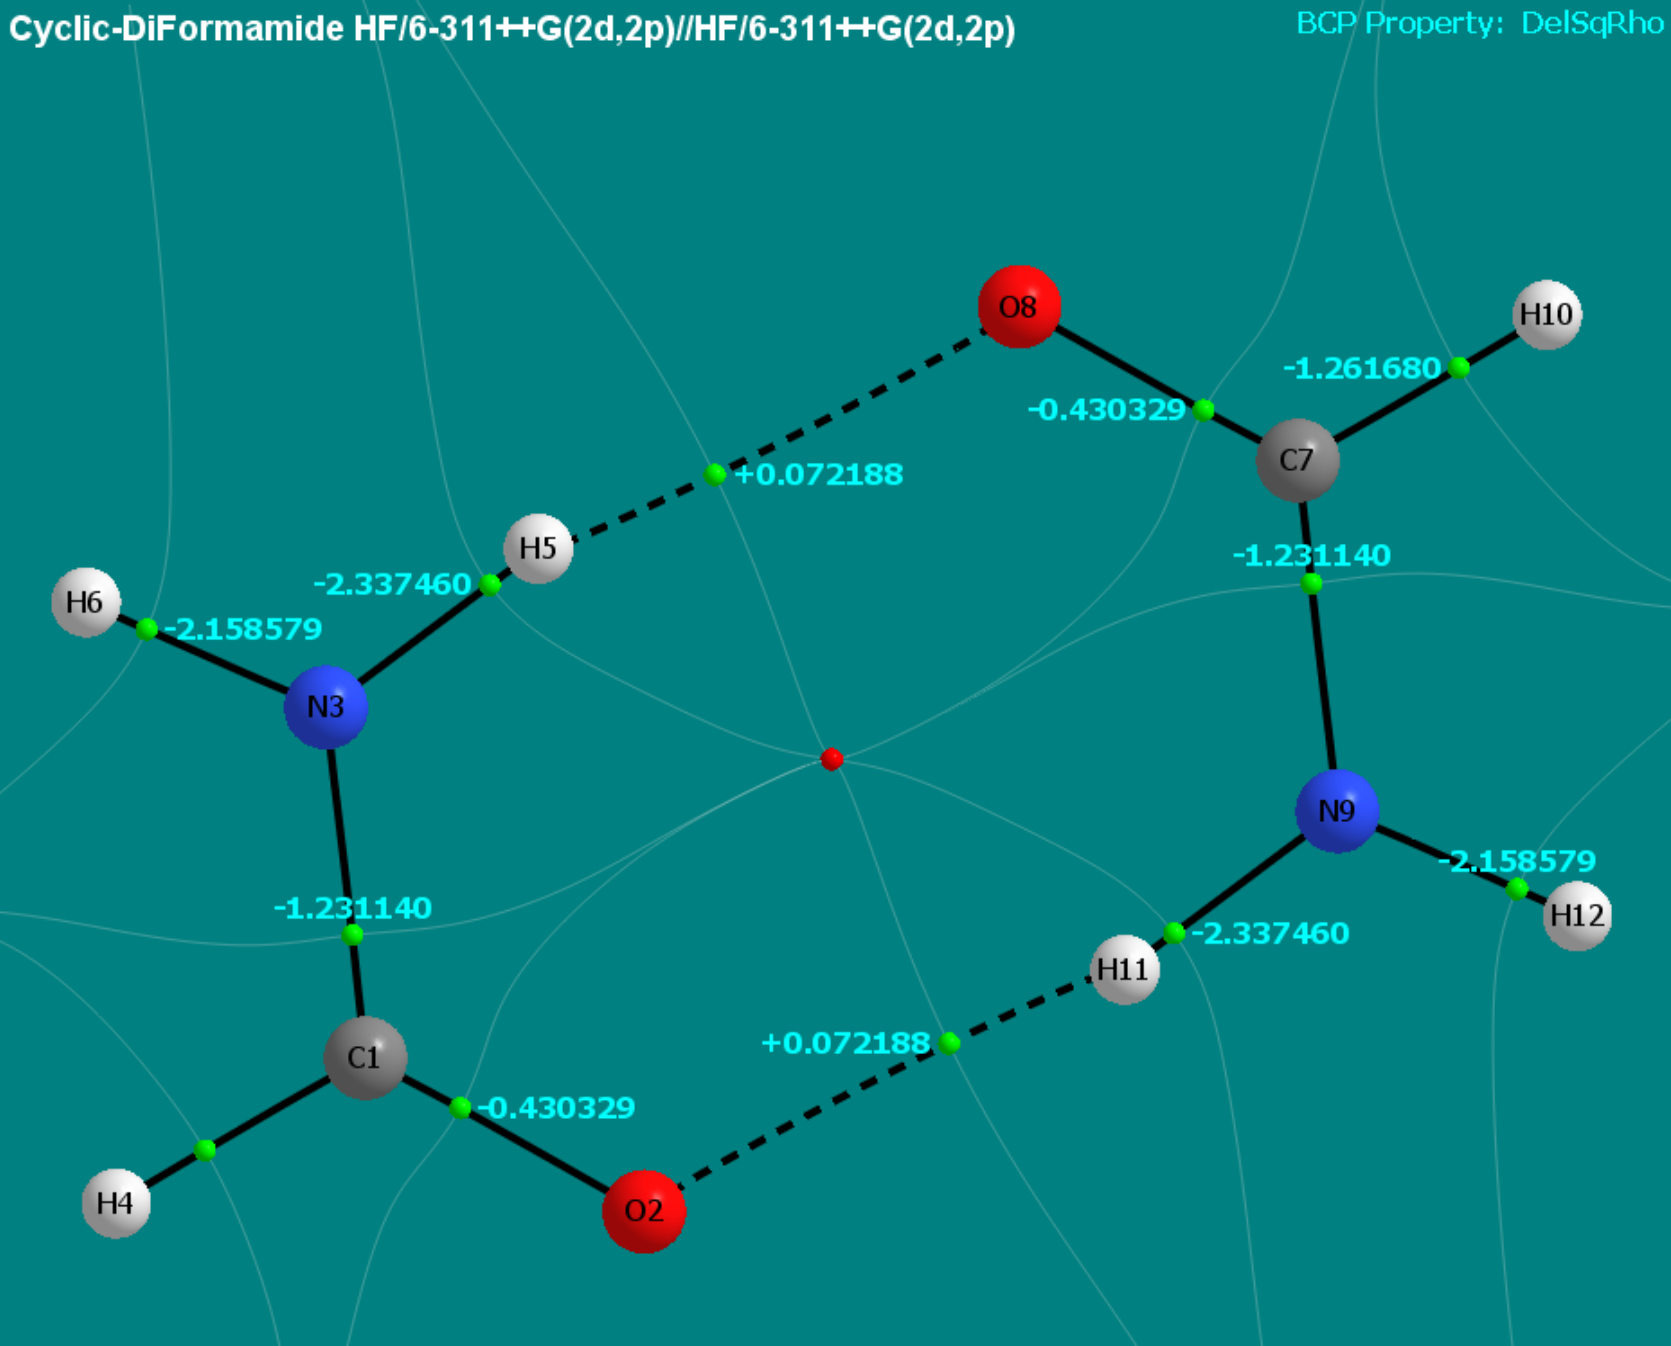
aimaii, QTAIM,critical points